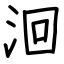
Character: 洄